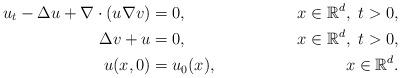
LaTeX: \begin{align*}u_t-\Delta u+\nabla\cdot(u\nabla v)&= 0,\ \ &x\in {\mathbb R}^d,\ t>0,\\ \Delta v+u &= 0,\ \ & x\in {\mathbb R}^d,\ t>0,\\u(x,0)&= u_0(x),\ \ &x\in {\mathbb R}^d.\end{align*}